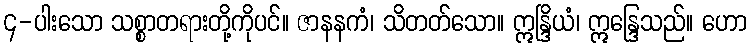
၄-ပါးသော သစ္စာတရားတို့ကိုပင်။ ဇာနနကံ၊ သိတတ်သော။ ဣန္ဒြိယံ၊ ဣန္ဒြေသည်။ ဟော